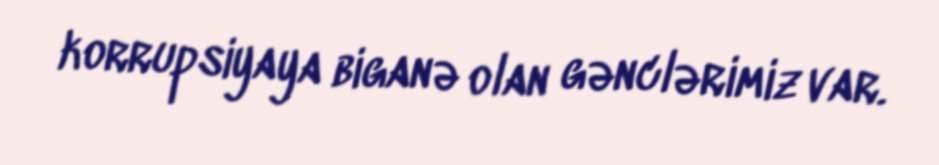
korrupsiyaya biganə olan gənclərimiz var.